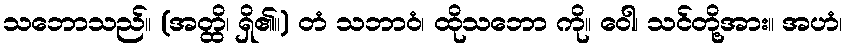
သဘောသည်။ (အတ္ထိ၊ ရှိ၏။) တံ သဘာဝံ၊ ထိုသဘော ကို။ ဝေါ၊ သင်တို့အား။ အဟံ၊